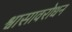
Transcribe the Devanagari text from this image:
श्वासावरोधन